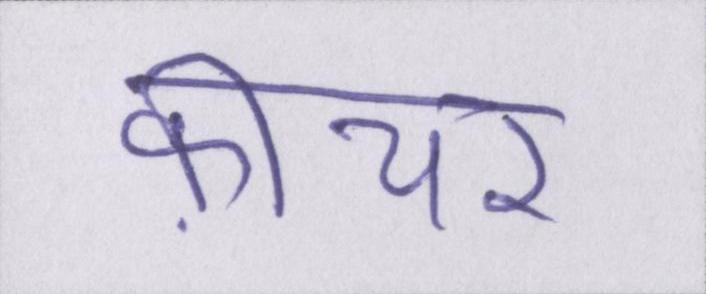
फ़ीचर